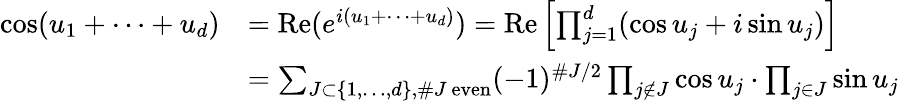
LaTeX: \begin{array}{rl}{\cos(u_{1}+\dots+u_{d})}&{=\operatorname{Re}(e^{i(u_{1}+\dots+u_{d})})=\operatorname{Re}\left[\prod_{j=1}^{d}(\cos u_{j}+i\sin u_{j})\right]}\\ &{=\sum_{J\subset\{ 1,\dots,d\} ,\# J\ \mathrm{even}}(-1)^{\# J/2}\prod_{j\not\in J}\cos u_{j}\cdot\prod_{j\in J}\sin u_{j}}\end{array}